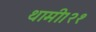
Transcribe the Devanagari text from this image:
थामी।२१